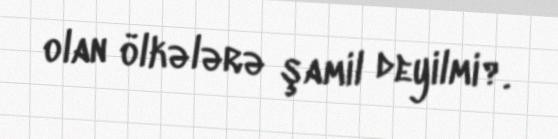
olan ölkələrə şamil deyilmi?.